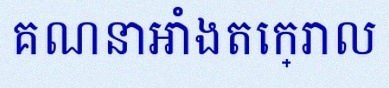
គណនាអាំងតេក្រាល